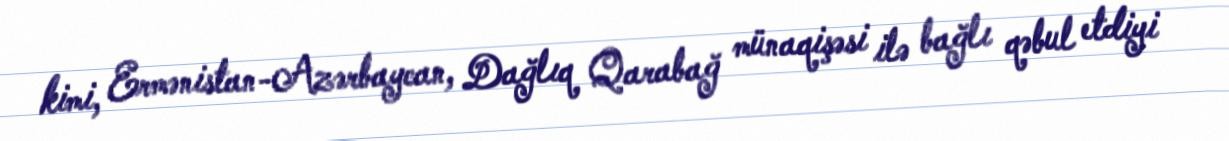
kimi, Ermənistan-Azərbaycan, Dağlıq Qarabağ münaqişəsi ilə bağlı qəbul etdiyi